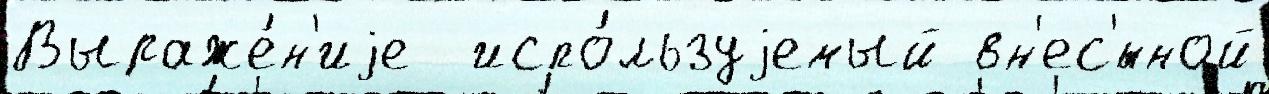
Выраже́н'иjе  испо́льзуjемый вн'ес'́нной